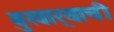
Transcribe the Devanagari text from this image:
बुखार्‍याची